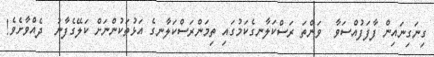
ގިނަގިނައިން ފާފަފުއްސަވާ  ވަންތަ ރަސްކަލާނގެކަމުގައި ތިމަންރަސްކަލާނގެ އަޅުތަކުންނަށް ކަލޭގެފާނު  ދެއްވާށެވެ!